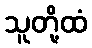
သူတို့ထံ